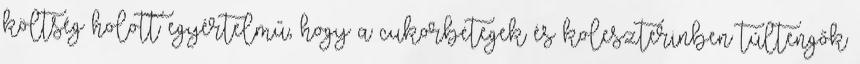
költség holott egyértelmű, hogy a cukorbetegek és koleszterinben túltengők